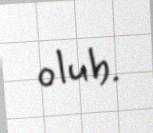
olub.